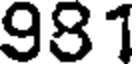
981